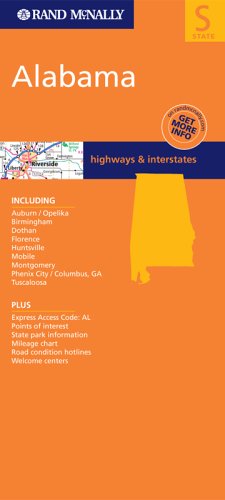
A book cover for FM Alabama, Al (Rand McNally Folded Map: States); Rand McNally; Travel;